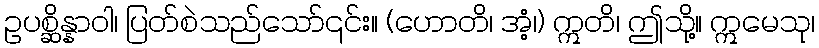
ဥပစ္ဆိန္နာဝါ၊ ပြတ်စဲသည်သော်၎င်း။ (ဟောတိ၊ အံ့၊) ဣတိ၊ ဤသို့။ ဣမေသု၊